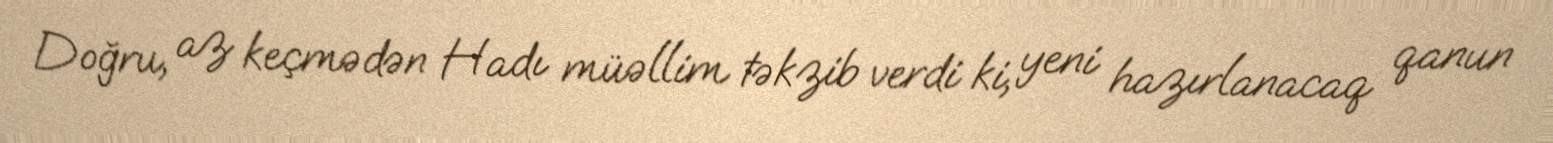
Doğru, az keçmədən Hadı müəllim təkzib verdi ki, yeni hazırlanacaq qanun